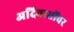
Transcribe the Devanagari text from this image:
अदिवासींवर